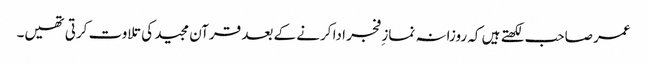
عمر صاحب لکھتے ہیں کہ روزانہ نماز ِفجر ادا کرنے کے بعد قرآن مجید کی تلاوت کرتی تھیں۔